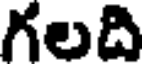
గలది